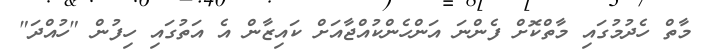
މާތް ހެދުމުގައި މާތްކޮށް ފެންނަ އަންހެންކުއްޖާއަށް ކައިޒާން އެ އަތުގައި ހިފުން "ހުއްދަ"